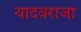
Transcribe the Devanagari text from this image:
यादवराजा